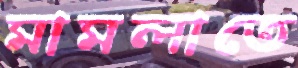
মামলাতে